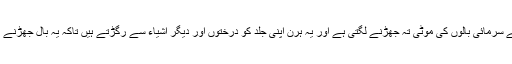
گرمیوں کے آغاز سے سرمائی بالوں کی موٹی تہ جھڑنے لگتی ہے اور یہ ہرن اپنی جلد کو درختوں اور دیگر اشیاء سے رگڑتے ہیں تاکہ یہ بال جھڑنے کا عمل تیز ہو سکے۔